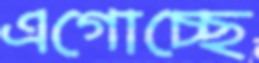
এগোচ্ছে